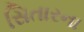
સિતારના